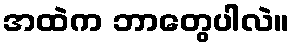
အထဲက ဘာတွေပါလဲ။